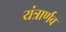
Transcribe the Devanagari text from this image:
यंत्रार्णव